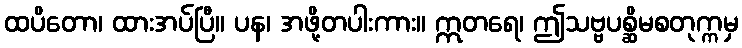
ထပိတော၊ ထားအပ်ပြီ။ ပန၊ အဖို့တပါးကား။ ဣတရေ၊ ဤသဗ္ဗပစ္ဆိမစတုက္ကမှ